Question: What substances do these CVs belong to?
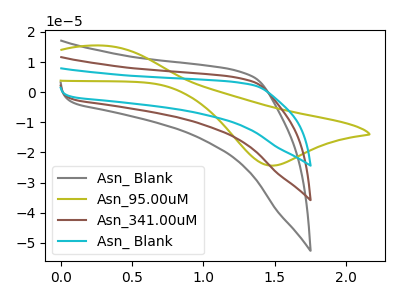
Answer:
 <answer>The gray curve is labeled "Asn_ Blank". The olive curve is labeled "Asn_95.00uM". The brown curve is labeled "Asn_341.00uM". The cyan curve is labeled "Asn_ Blank".</answer>
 <eval></eval>